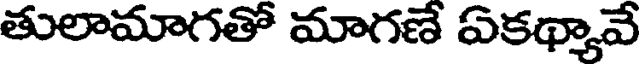
తులామాగతో మాగణే ఏకథ్యావే